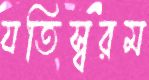
যতিস্বরম